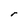
Character: r